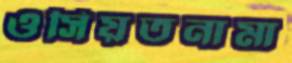
ওসিয়তনামা